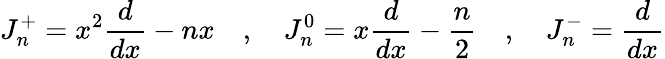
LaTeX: J_{n}^{+}=x^{2}{\frac{d}{dx}}-nx\quad,\quad J_{n}^{0}=x{\frac{d}{dx}}-{\frac{n}{2}}\quad,\quad J_{n}^{-}={\frac{d}{dx}}